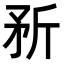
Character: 𪿆